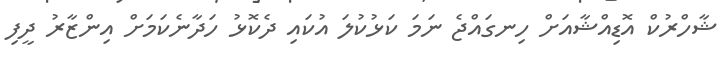
ޝާހްރުކް އޮޑިއްޝާއަށް ހިނގައްޖެ ނަމަ ކަޅުކުލަ އުކައި ދެކޮޅު ހަދާނެކަމަށް އިންޒާރު ދީފި